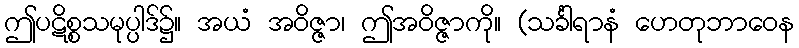
ဤပဋိစ္စသမုပ္ပါဒ်၌။ အယံ အဝိဇ္ဇာ၊ ဤအဝိဇ္ဇာကို။ (သင်္ခါရာနံ ဟေတုဘာဝေန